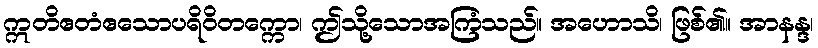
ဣတိဧတံဧသောပရိဝိတက္ကော၊ ဤသို့သောအကြံသည်။ အဟောသိ၊ ဖြစ်၏။ အာနန္ဒ၊